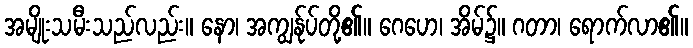
အမျိုးသမီးသည်လည်း။ နော၊ အကျွန်ုပ်တို့၏။ ဂေဟေ၊ အိမ်၌။ ဂတာ၊ ရောက်လာ၏။